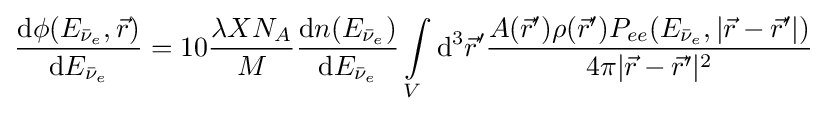
{\frac {\mathrm {d} \phi (E_{{\bar {\nu }}_{e}},{\vec {r}})}{\mathrm {d} E_{{\bar {\nu }}_{e}}}}=10{\frac {\lambda XN_{A}}{M}}{\frac {\mathrm {d} n(E_{{\bar {\nu }}_{e}})}{\mathrm {d} E_{{\bar {\nu }}_{e}}}}\int \limits _{V}\mathrm {d} ^{3}{\vec {r}}'{\frac {A({\vec {r}}')\rho ({\vec {r}}')P_{ee}(E_{{\bar {\nu }}_{e}},|{\vec {r}}-{\vec {r}}'|)}{4\pi |{\vec {r}}-{\vec {r}}'|^{2}}}